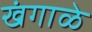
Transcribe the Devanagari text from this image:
खंगाळे